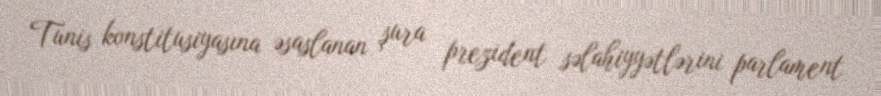
Tunis konstitusiyasına əsaslanan şura prezident səlahiyyətlərini parlament